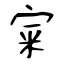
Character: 宷